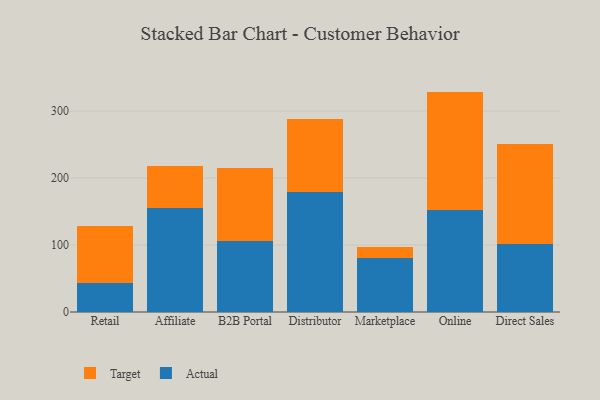
{"axis": {"x": "Channel", "y": "Conversion Rate (%)"}, "legend": ["Actual", "Target"], "data": [{"x": "Retail", "y": 43.4, "type": "Actual"}, {"x": "Retail", "y": 84.4, "type": "Target"}, {"x": "Affiliate", "y": 154.9, "type": "Actual"}, {"x": "Affiliate", "y": 63.2, "type": "Target"}, {"x": "B2B Portal", "y": 106.7, "type": "Actual"}, {"x": "B2B Portal", "y": 108.0, "type": "Target"}, {"x": "Distributor", "y": 178.6, "type": "Actual"}, {"x": "Distributor", "y": 108.8, "type": "Target"}, {"x": "Marketplace", "y": 80.8, "type": "Actual"}, {"x": "Marketplace", "y": 15.8, "type": "Target"}, {"x": "Online", "y": 152.6, "type": "Actual"}, {"x": "Online", "y": 176.4, "type": "Target"}, {"x": "Direct Sales", "y": 101.9, "type": "Actual"}, {"x": "Direct Sales", "y": 148.5, "type": "Target"}]}